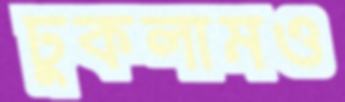
ঢুকলামও